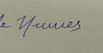
Signature authenticity: forged